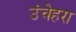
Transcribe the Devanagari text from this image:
उंचेहरा